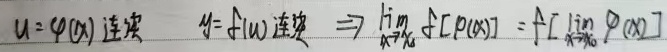
若\(u = \varphi(x)\)连续，\(y = f(u)\)连续，则\(\lim_{x \to x_{0}} f[\varphi(x)] = f[\lim_{x \to x_{0}} \varphi(x)]\)